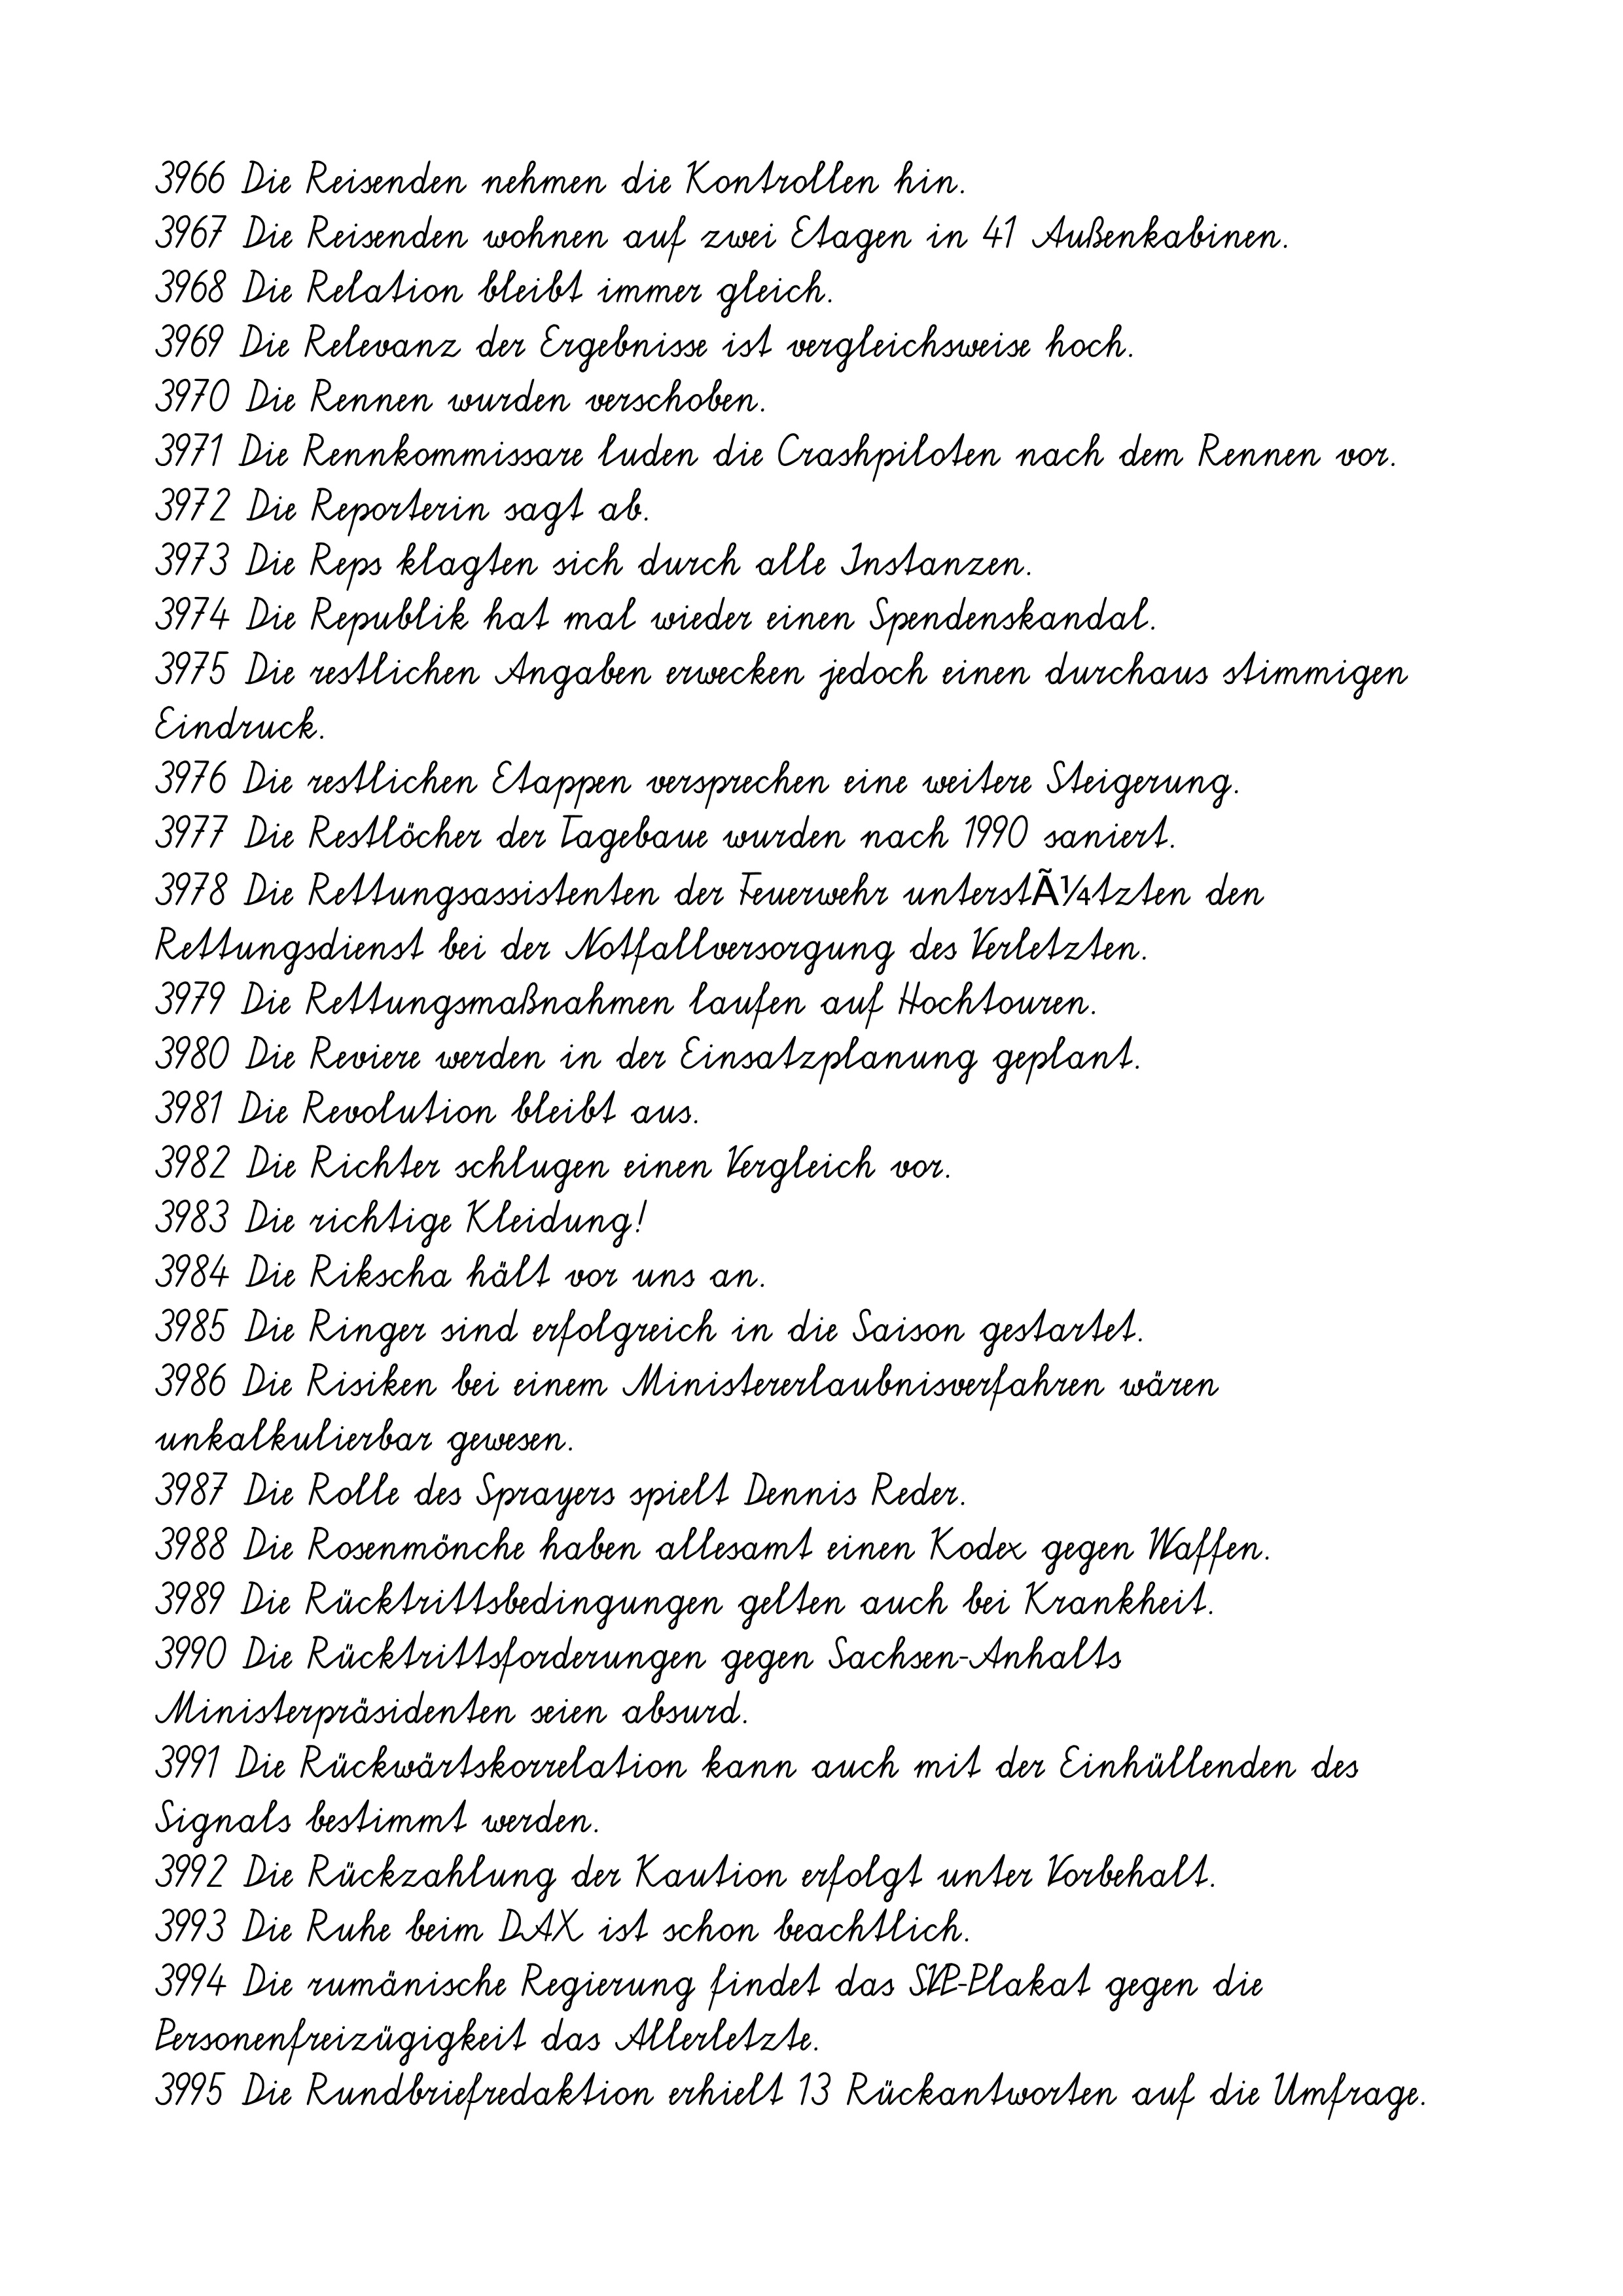
3966 Die Reisenden nehmen die Kontrollen hin.
3967 Die Reisenden wohnen auf zwei Etagen in 41 Außenkabinen.
3968 Die Relation bleibt immer gleich.
3969 Die Relevanz der Ergebnisse ist vergleichsweise hoch.
3970 Die Rennen wurden verschoben.
3971 Die Rennkommissare luden die Crashpiloten nach dem Rennen vor.
3972 Die Reporterin sagt ab.
3973 Die Reps klagten sich durch alle Instanzen.
3974 Die Republik hat mal wieder einen Spendenskandal.
3975 Die restlichen Angaben erwecken jedoch einen durchaus stimmigen
Eindruck.
3976 Die restlichen Etappen versprechen eine weitere Steigerung.
3977 Die Restlöcher der Tagebaue wurden nach 1990 saniert.
3978 Die Rettungsassistenten der Feuerwehr unterstÃ¼tzten den
Rettungsdienst bei der Notfallversorgung des Verletzten.
3979 Die Rettungsmaßnahmen laufen auf Hochtouren.
3980 Die Reviere werden in der Einsatzplanung geplant.
3981 Die Revolution bleibt aus.
3982 Die Richter schlugen einen Vergleich vor.
3983 Die richtige Kleidung!
3984 Die Rikscha hält vor uns an.
3985 Die Ringer sind erfolgreich in die Saison gestartet.
3986 Die Risiken bei einem Ministererlaubnisverfahren wären
unkalkulierbar gewesen.
3987 Die Rolle des Sprayers spielt Dennis Reder.
3988 Die Rosenmönche haben allesamt einen Kodex gegen Waffen.
3989 Die Rücktrittsbedingungen gelten auch bei Krankheit.
3990 Die Rücktrittsforderungen gegen Sachsen-Anhalts
Ministerpräsidenten seien absurd.
3991 Die Rückwärtskorrelation kann auch mit der Einhüllenden des
Signals bestimmt werden.
3992 Die Rückzahlung der Kaution erfolgt unter Vorbehalt.
3993 Die Ruhe beim DAX ist schon beachtlich.
3994 Die rumänische Regierung findet das SVP-Plakat gegen die
Personenfreizügigkeit das Allerletzte.
3995 Die Rundbriefredaktion erhielt 13 Rückantworten auf die Umfrage.